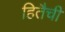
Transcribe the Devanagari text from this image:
हितैची